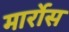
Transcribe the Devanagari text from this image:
मार्रोस